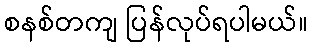
စနစ်တကျ ပြန်လုပ်ရပါမယ်။